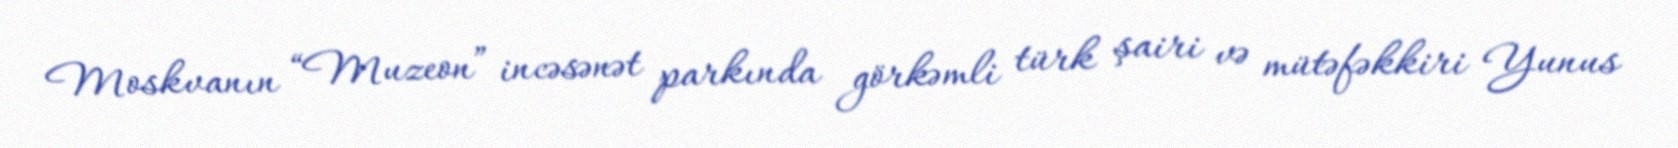
Moskvanın “Muzeon” incəsənət parkında görkəmli türk şairi və mütəfəkkiri Yunus